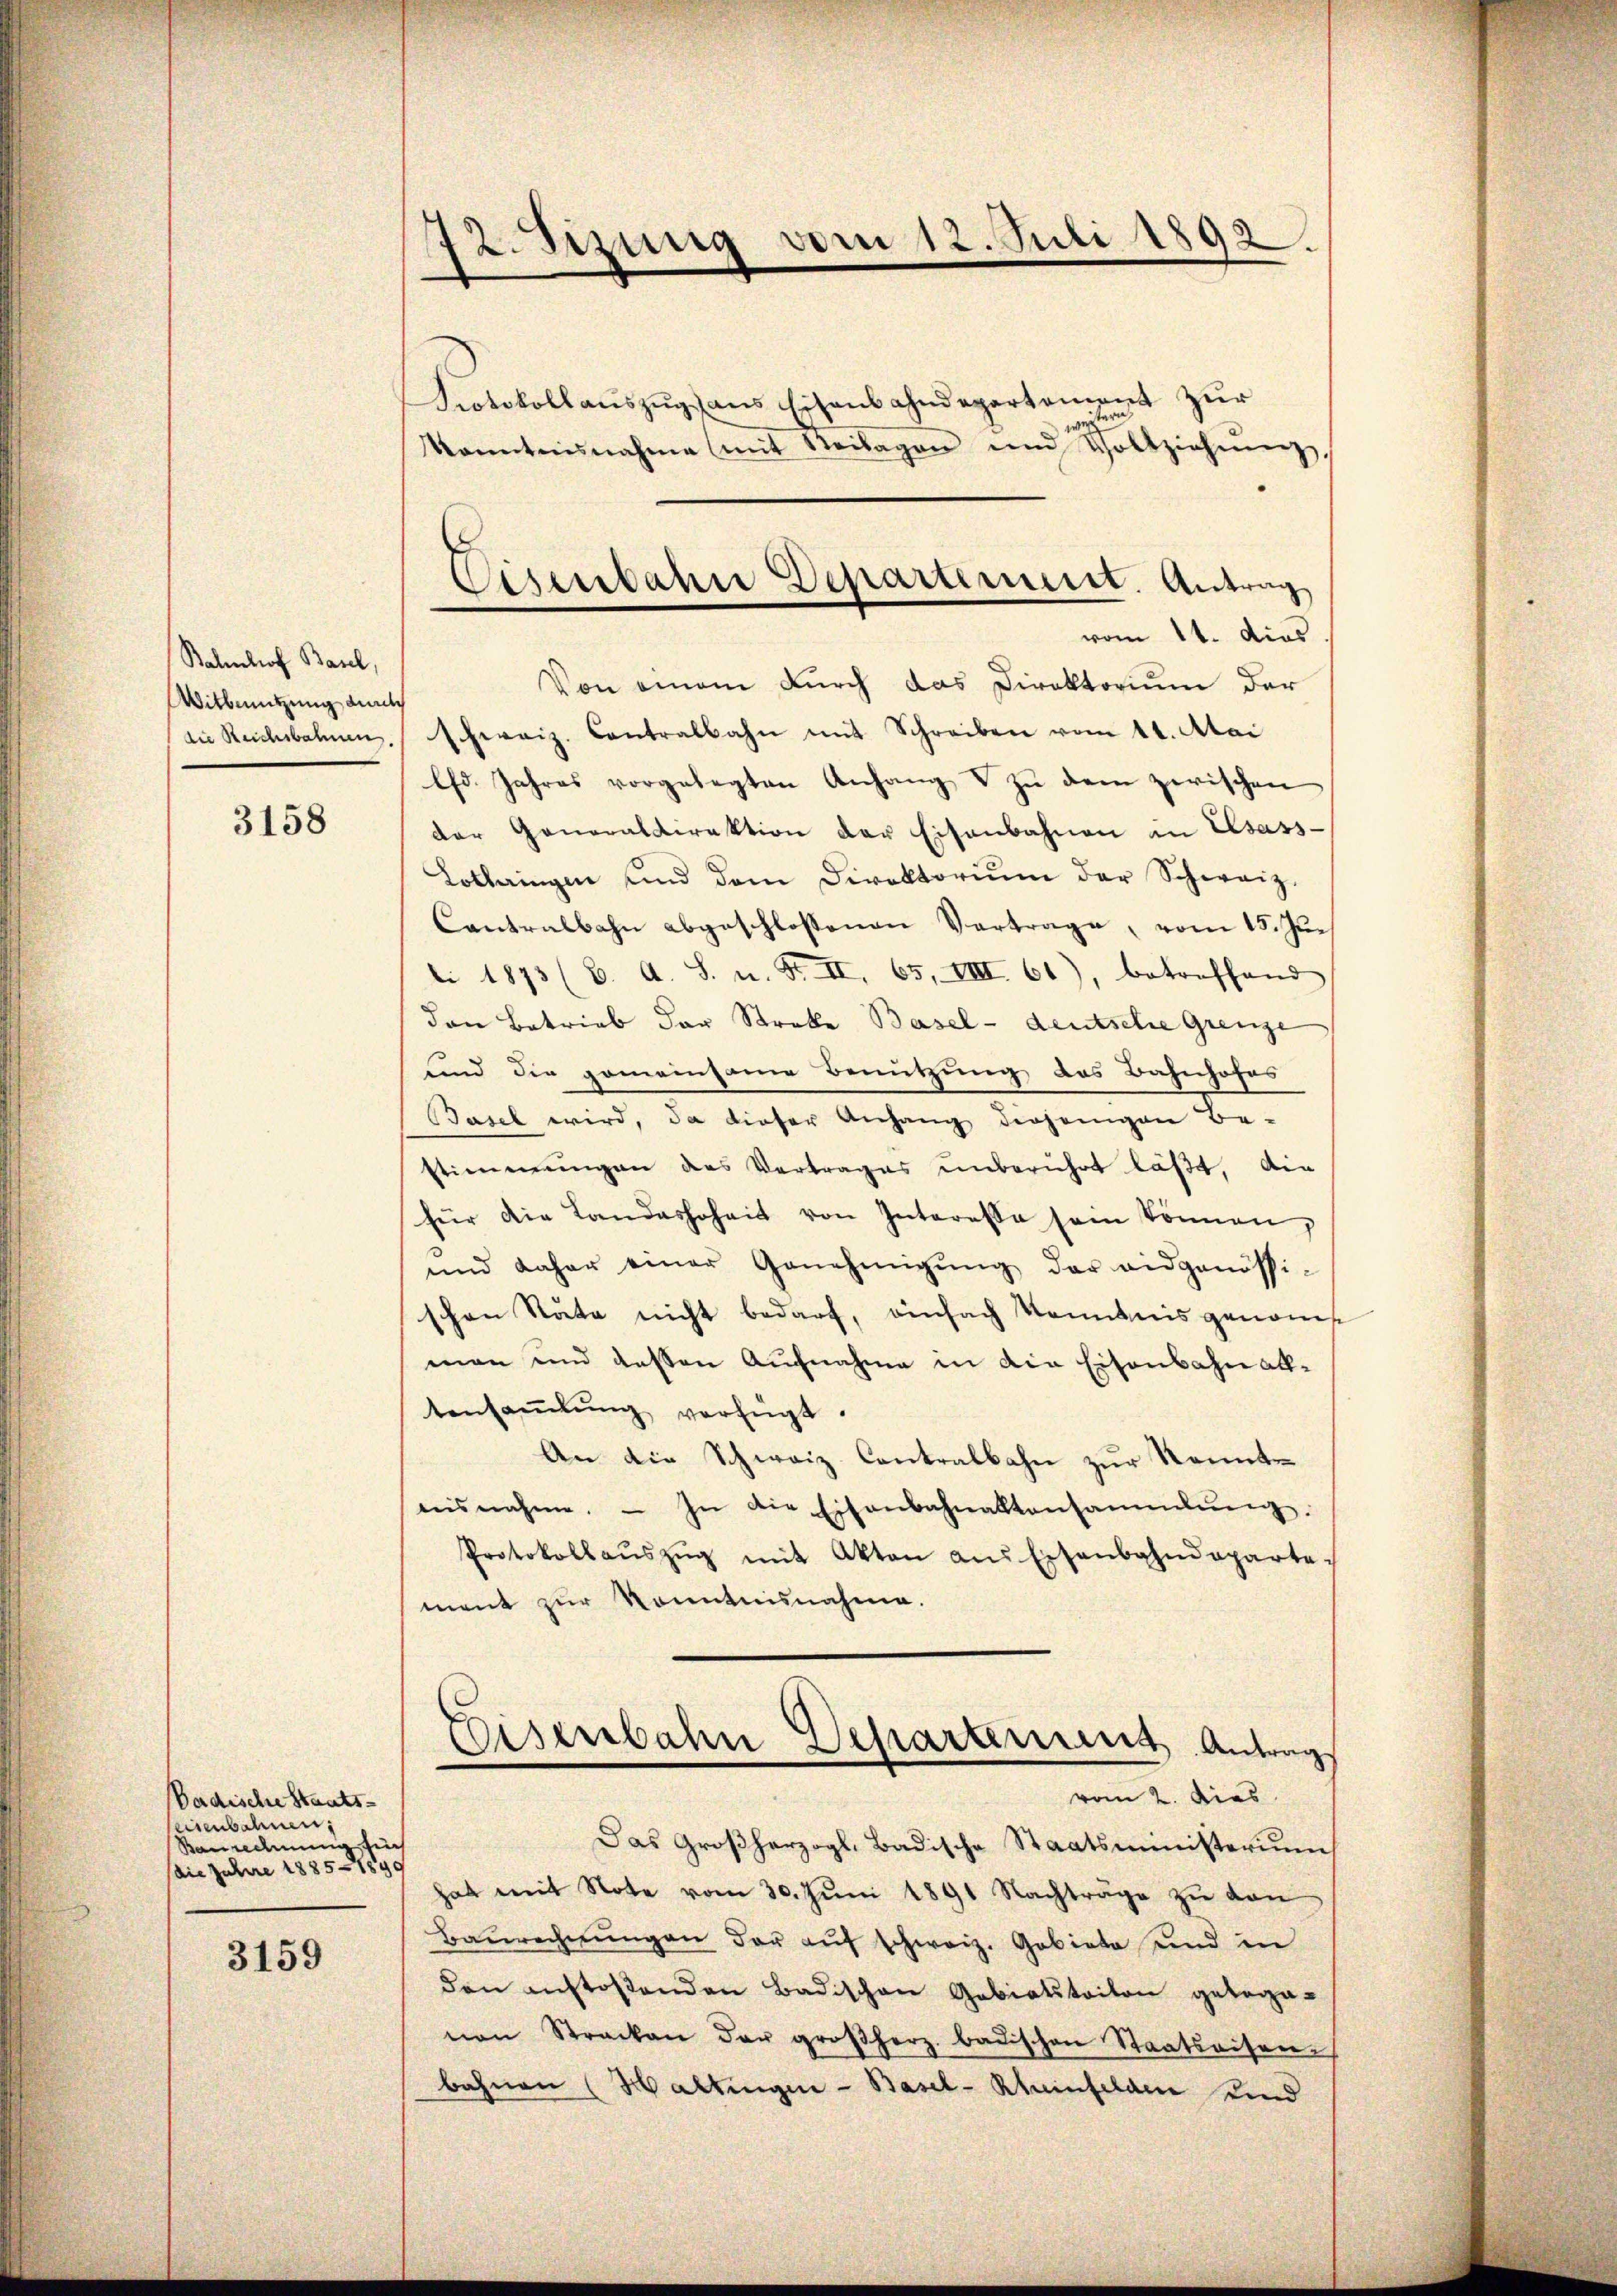
Bahnhof Basel,
Witbeutzung durch

3158

Vadische Staatseisenbahnen,
Baurechnung füh
die Jahre 1885 - 1890

3159

72. Sizung vom 12. Juli 1892.

Protokollauszug aus Eisenbahndepartement zur
tern
ver
kanntnisnahme (mit Seilagen und Vollziehŭngg,
Von einem durch das Direktorium der
die Reichsbahnen. Schweiz. Contralbahn mit Schreiben vom 11. Mai
Ch. Jahres vorgelegten Anhang u zŭ dem zwischen
der Generaldirektion der Eisenbahnen in Elsass-
Lothringen und dem Direktoriŭm der Schweiz.
Contralbahn abgeschlossenen Vertrage, vom 15. Jun
li 1873 (C. A. S. u. F. II. 65, VIII 61), betreffend
den Betrieb der Strobe Basel - deutsche Grenze
sind die gemeinsame Benutzung des Bahnhofes
Basel wird, da dieser Anhang derjenigen Be-
stimmungen des Vertrages unberührt läßt, die
für die Landashoheit von Interesse sein können,
und daher einer Genehmigŭng der eidgenössi-
schen Stäte nicht bedarf, einfach kenntnis genomman und dessen Aufnahme in die Eisenbahn alltensaṁlŭng verfügt:
An die Schweiz Contralbahn zur Kenntaeisnahme.  In die Eisenbahnaktensammlung.
Protokollaŭszŭg mit Akten aus Eisenbahndeparte-
ment zur Kenntnisnahme.
Eisenbahn Departement Antrag
vom 2. dies
Das Großherzogl. Badische Staatsministerim
hat mit Note vom 30. Jŭni 1891 Nachträge zŭ von
Baŭrechnŭngen der aŭf schweiz. Gebiete und in
den anstoßenden Badischen Gebietstoiton getoga-
nen Stracken der großherz. badischen Staatsaisen-
bahnen (Haltungen - Basel-Rheinfelden Kind

Eisenbahn Departement. Antrag
vom 14. dies